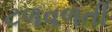
ટળવળતી